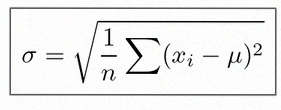
\sigma=\sqrt{\frac1n\sum(x_i-\mu)^2}